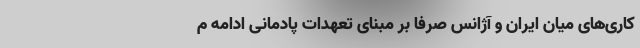
کاری‌های میان ایران و آژانس صرفاً بر مبنای تعهدات پادمانی ادامه م